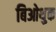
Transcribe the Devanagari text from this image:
बिओथुक